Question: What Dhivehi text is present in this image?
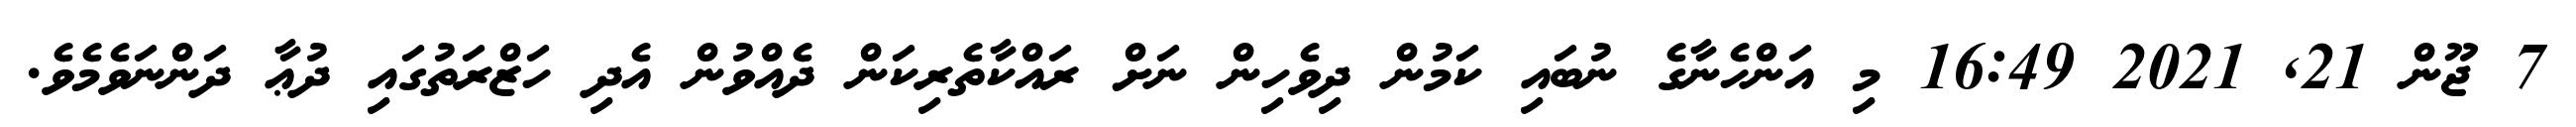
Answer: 7 ޖޫން 21, 2021 16:49 މި އަންހެނާގެ ނުބައި ކަމުން ދިވެހިން ނަށް ރައްކާތެރިކަން ދެއްވުން އެދި ހަޒްރަތުގައި ދުޢާ ދަންނަވެމެވެ.